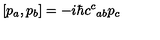
\left[ p _ { a } , p _ { b } \right] = - i \hbar c ^ { c } { } _ { a b } p _ { c }